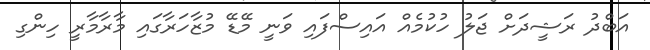
އަބްދު ރަޝީދަށް ޖަލު ހުކުމެއް އައިސްފައި ވަނީ މޭޑޭ މުޒާހަރާގައި މާރާމާރީ ހިންގި